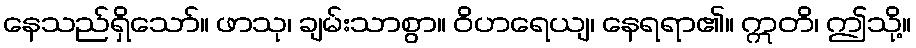
နေသည်ရှိသော်။ ဖာသု၊ ချမ်းသာစွာ။ ဝိဟရေယျ၊ နေရရာ၏။ ဣတိ၊ ဤသို့။